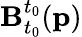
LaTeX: \mathbf{B}_{t_{0}}^{t_{0}}(\mathbf{p})